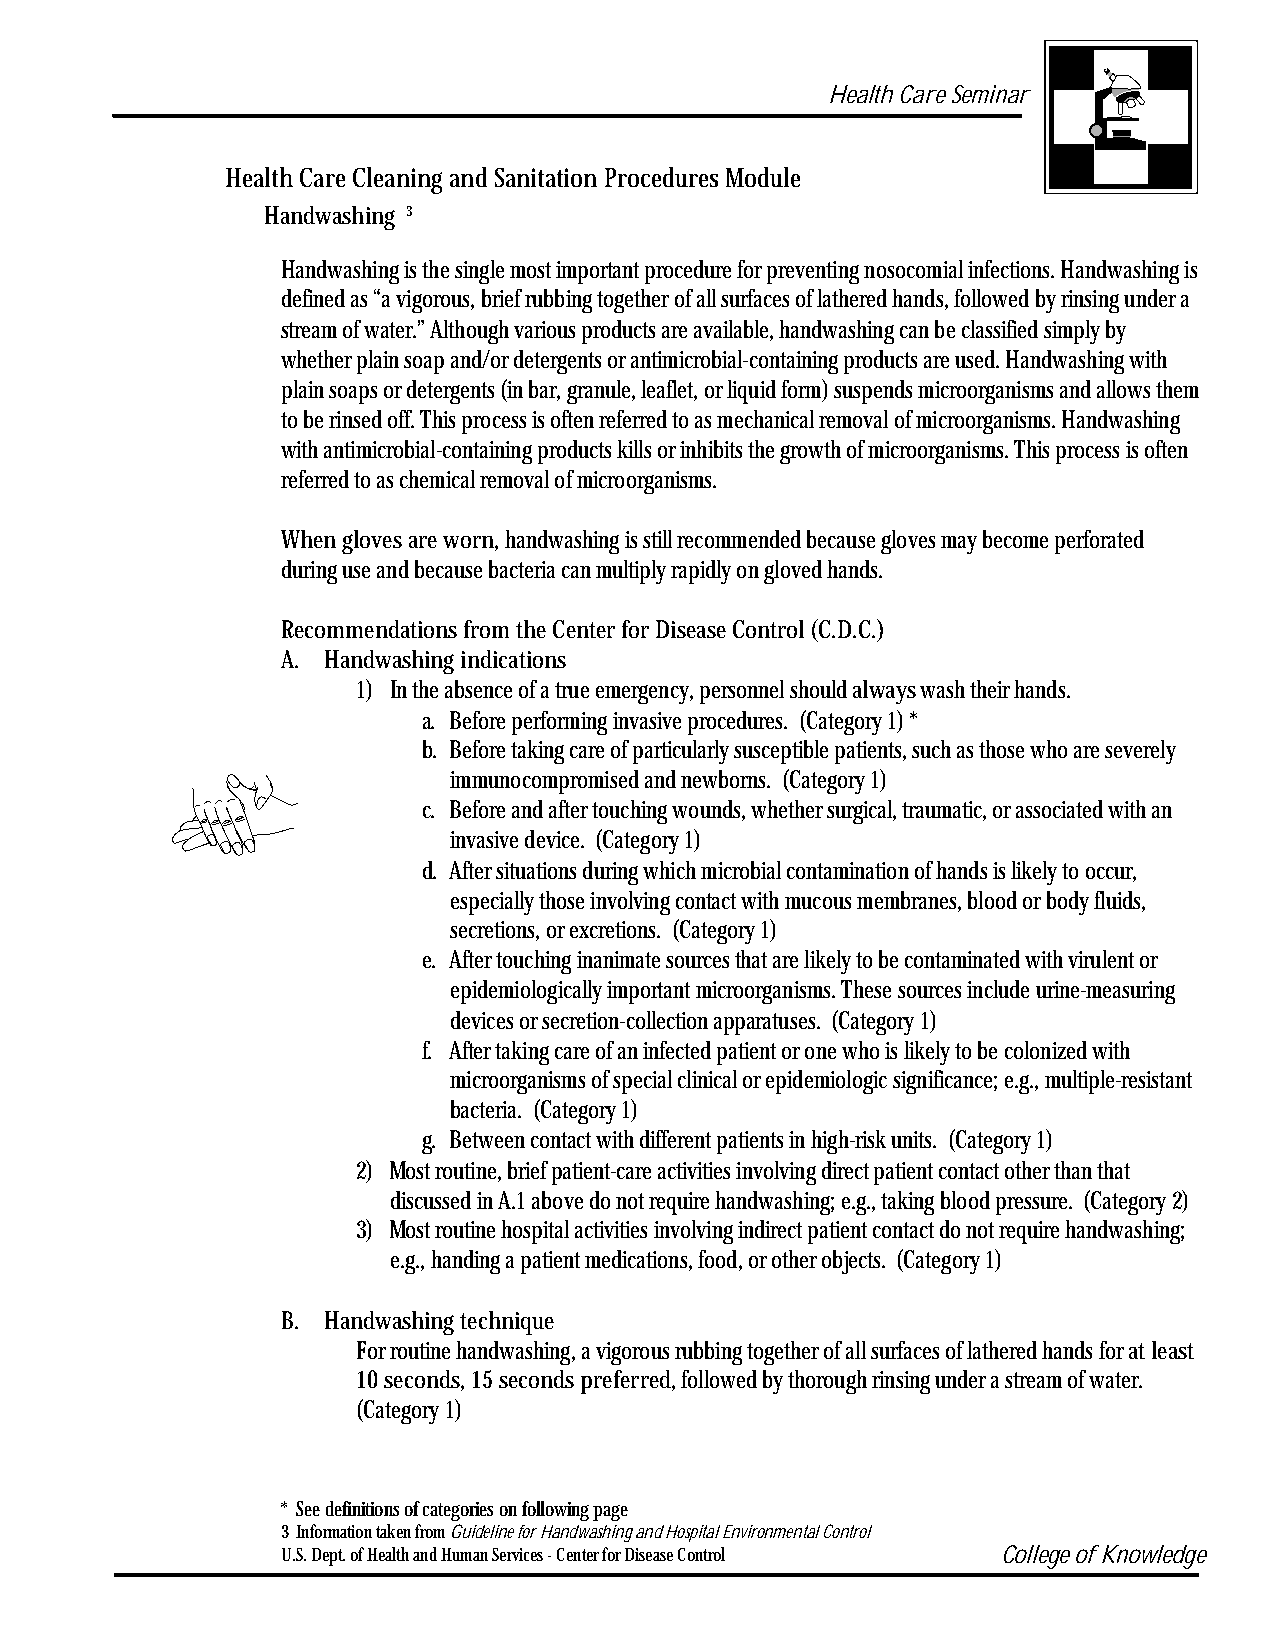
Health Care Seminar
 Health Care Cleaning and Sanitation Procedures Module
 Handwashing 3
 Handwashing is the single most important procedure for preventing nosocomial infections. Handwashing is
 defined as “a vigorous, brief rubbing together of all surfaces of lathered hands, followed by rinsing under a
 stream of water.” Although various products are available, handwashing can be classified simply by
 whether plain soap and/or detergents or antimicrobial-containing products are used. Handwashing with
 plain soaps or detergents (in bar, granule, leaflet, or liquid form) suspends microorganisms and allows them
 to be rinsed off. This process is often referred to as mechanical removal of microorganisms. Handwashing
 with antimicrobial-containing products kills or inhibits the growth of microorganisms. This process is often
 referred to as chemical removal of microorganisms.
 When gloves are worn, handwashing is still recommended because gloves may become perforated
 during use and because bacteria can multiply rapidly on gloved hands.
 Recommendations from the Center for Disease Control (C.D.C.)
 A. Handwashing indications
 1) In the absence of a true emergency, personnel should always wash their hands.
 a. Before performing invasive procedures. (Category 1) *
 b. Before taking care of particularly susceptible patients, such as those who are severely
 immunocompromised and newborns. (Category 1)
 c. Before and after touching wounds, whether surgical, traumatic, or associated with an
 invasive device. (Category 1)
 d. After situations during which microbial contamination of hands is likely to occur,
 especially those involving contact with mucous membranes, blood or body fluids,
 secretions, or excretions. (Category 1)
 e. After touching inanimate sources that are likely to be contaminated with virulent or
 epidemiologically important microorganisms. These sources include urine-measuring
 devices or secretion-collection apparatuses. (Category 1)
 f. After taking care of an infected patient or one who is likely to be colonized with
 microorganisms of special clinical or epidemiologic significance; e.g., multiple-resistant
 bacteria. (Category 1)
 g. Between contact with different patients in high-risk units. (Category 1)
 2) Most routine, brief patient-care activities involving direct patient contact other than that
 discussed in A.1 above do not require handwashing; e.g., taking blood pressure. (Category 2)
 3) Most routine hospital activities involving indirect patient contact do not require handwashing;
 e.g., handing a patient medications, food, or other objects. (Category 1)
 B. Handwashing technique
 For routine handwashing, a vigorous rubbing together of all surfaces of lathered hands for at least
 10 seconds, 15 seconds preferred, followed by thorough rinsing under a stream of water.
 (Category 1)
 * See definitions of categories on following page
 3 Information taken from Guideline for Handwashing and Hospital Environmental Control
 U.S. Dept. of Health and Human Services - Center for Disease Control College of Knowledge